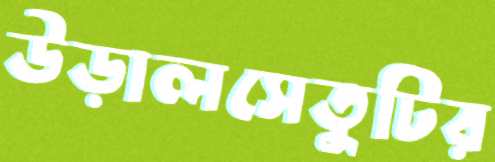
উড়ালসেতুটির